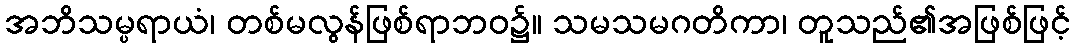
အဘိသမ္ပရာယံ၊ တစ်မလွန်ဖြစ်ရာဘဝ၌။ သမသမဂတိကာ၊ တူသည်၏အဖြစ်ဖြင့်